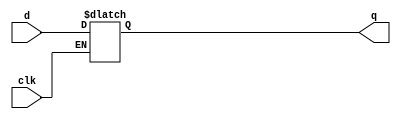
module D_flipflop(d,clk,q);
  
  input d;
  input clk;

  output q;

  reg q;

  always @(d or clk) 
    if (clk) 
      q = d;
    
endmodule